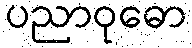
ပညာဝုဓော